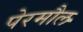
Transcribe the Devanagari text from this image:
पेरमौल